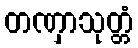
တဏှာသုတ္တံ